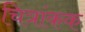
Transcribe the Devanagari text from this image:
चित्रांकक